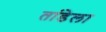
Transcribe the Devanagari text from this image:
तांडेला